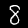
Label: 8